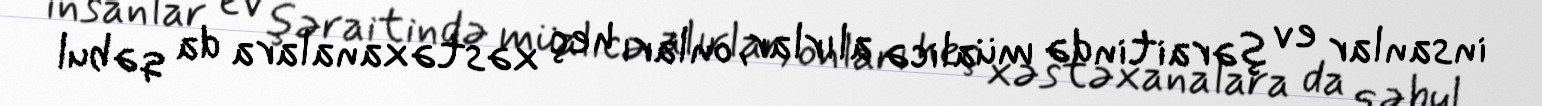
insanlar ev şəraitində müalicə alırlar, onları heç xəstəxanalara da qəbul